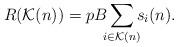
LaTeX: \begin{align*} R(\mathcal{K}(n))=p B \sum_{\mathclap{i\in \mathcal{K}(n)}}s_i(n).\end{align*}